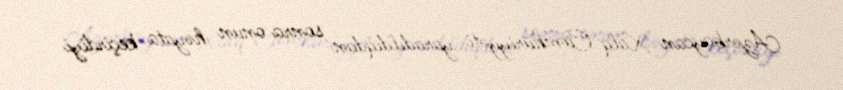
Azərbaycan Xalq Cümhuriyyəti yaradıldıqdan sonra onun həyata keçirdiyi